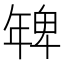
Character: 𭙅